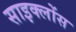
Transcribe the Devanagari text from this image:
साइक्लोंस